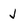
Character: j